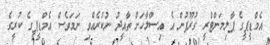
އެމްޑީޕީގެ ޕާލިމަންޓްރީ ގުރޫޕުން އެ އިސްލާހަށް ތާއީދު ނުކުރެއްވި ނަމަވެސް އެމްޑީޕީގެ ކުރީގެ